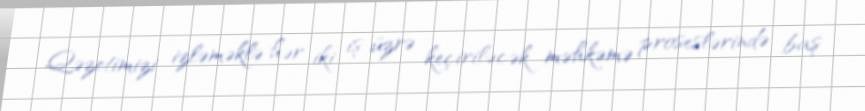
Qəzetimizi izləməklə hər iki iş üzrə keçiriləcək məhkəmə proseslərində baş